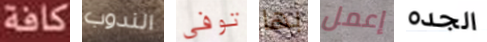
كافة الندوب توفي بها إعمل الجده